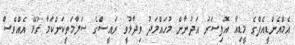
އެމްއެންޑީއެފްގެ މީޑިއާ އޮފިސަރު އަދުނާން މުހައްމަދު ވިދާޅުވީ ރައީސްގެ ސަލާމަތީކަންކަމާ ގުޅޭ އެއްވެސް